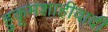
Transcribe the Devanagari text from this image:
हुकूमशाहीवादी